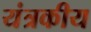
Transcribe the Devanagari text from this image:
यंत्रकीय